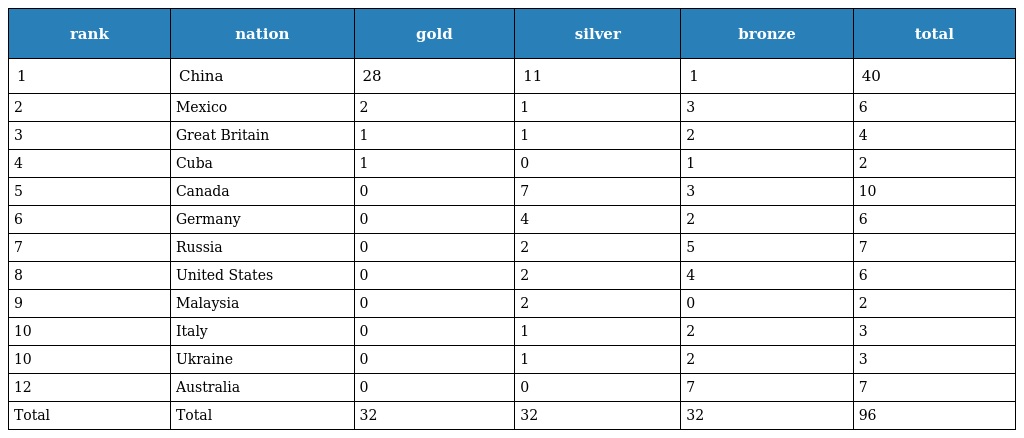
| rank | nation | gold | silver | bronze | total |
 | --- | --- | --- | --- | --- | --- |
 | 1 | China | 28 | 11 | 1 | 40 |
 | 2 | Mexico | 2 | 1 | 3 | 6 |
 | 3 | Great Britain | 1 | 1 | 2 | 4 |
 | 4 | Cuba | 1 | 0 | 1 | 2 |
 | 5 | Canada | 0 | 7 | 3 | 10 |
 | 6 | Germany | 0 | 4 | 2 | 6 |
 | 7 | Russia | 0 | 2 | 5 | 7 |
 | 8 | United States | 0 | 2 | 4 | 6 |
 | 9 | Malaysia | 0 | 2 | 0 | 2 |
 | 10 | Italy | 0 | 1 | 2 | 3 |
 | 10 | Ukraine | 0 | 1 | 2 | 3 |
 | 12 | Australia | 0 | 0 | 7 | 7 |
 | Total | Total | 32 | 32 | 32 | 96 |